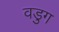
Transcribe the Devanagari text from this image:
वडुग